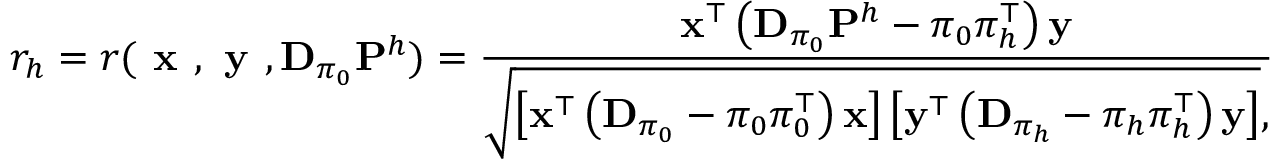
r _ { h } = r ( \textbf { x } , \textbf { y } , \mathbf { D } _ { \pi _ { 0 } } \mathbf { P } ^ { h } ) = \frac { \mathbf { x } ^ { \top } \left( \mathbf { D } _ { \pi _ { 0 } } \mathbf { P } ^ { h } - \pi _ { 0 } \pi _ { h } ^ { \top } \right) \mathbf { y } } { \sqrt { \left[ \mathbf { x } ^ { \top } \left( \mathbf { D } _ { \pi _ { 0 } } - \pi _ { 0 } \pi _ { 0 } ^ { \top } \right) \mathbf { x } \right] \left[ \mathbf { y } ^ { \top } \left( \mathbf { D } _ { \pi _ { h } } - \pi _ { h } \pi _ { h } ^ { \top } \right) \mathbf { y } \right] } , }